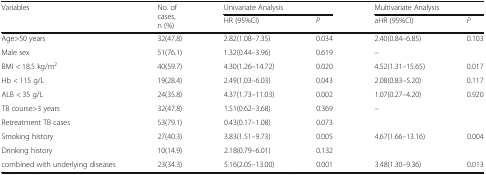
<table><thead><tr><td rowspan="2"><b>Variables</b></td><td rowspan="2"><b>No. of cases, n (%)</b></td><td colspan="2"><b>Univariate Analysis</b></td><td colspan="2"><b>Multivariate Analysis</b></td></tr><tr><td><b>HR (95%CI)</b></td><td><b><i>P</i></b></td><td><b>aHR (95%CI)</b></td><td><b><i>P</i></b></td></tr></thead><tbody><tr><td>Age&gt;50 years</td><td>32(47.8)</td><td>2.82(1.08–7.35)</td><td>0.034</td><td>2.40(0.84–6.85)</td><td>0.103</td></tr><tr><td>Male sex</td><td>51(76.1)</td><td>1.32(0.44–3.96)</td><td>0.619</td><td colspan="2">–</td></tr><tr><td>BMI &lt; 18.5 kg/m<sup>2</sup></td><td>40(59.7)</td><td>4.30(1.26–14.72)</td><td>0.020</td><td>4.52(1.31–15.65)</td><td>0.017</td></tr><tr><td>Hb &lt; 115 g/L</td><td>19(28.4)</td><td>2.49(1.03–6.03)</td><td>0.043</td><td>2.08(0.83–5.20)</td><td>0.117</td></tr><tr><td>ALB &lt; 35 g/L</td><td>24(35.8)</td><td>4.37(1.73–11.03)</td><td>0.002</td><td>1.07(0.27–4.20)</td><td>0.920</td></tr><tr><td>TB course&gt;3 years</td><td>32(47.8)</td><td>1.51(0.62–3.68)</td><td>0.369</td><td rowspan="2" colspan="2">–</td></tr><tr><td>Retreatment TB cases</td><td>53(79.1)</td><td>0.43(0.17–1.08)</td><td>0.073</td></tr><tr><td>Smoking history</td><td>27(40.3)</td><td>3.83(1.51–9.73)</td><td>0.005</td><td>4.67(1.66–13.16)</td><td>0.004</td></tr><tr><td>Drinking history</td><td>10(14.9)</td><td>2.18(0.79–6.01)</td><td>0.132</td><td colspan="2"></td></tr><tr><td>combined with underlying diseases</td><td>23(34.3)</td><td>5.16(2.05–13.00)</td><td>0.001</td><td>3.48(1.30–9.36)</td><td>0.013</td></tr></tbody></table>